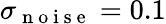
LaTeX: \sigma_{\mathrm{~n~o~i~s~e~}}=0.1